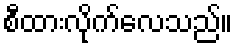
စီထားလိုက်လေသည်။